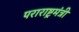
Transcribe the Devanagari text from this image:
पराराष्ट्रमंत्री